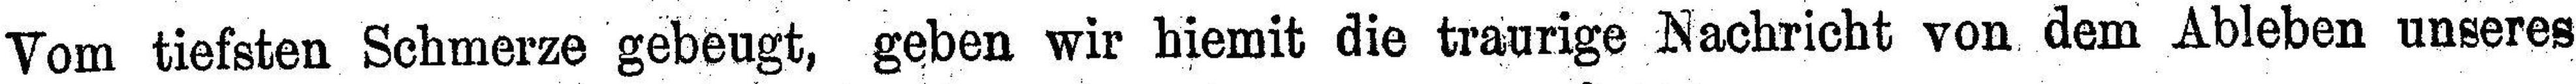
Vom tiefsten Schmerze gebeugt, geben wir hiemit die traurige Nachricht von dem Ableben unseres